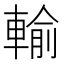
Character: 輸